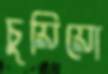
চুয়িয়ো